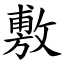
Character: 敷